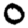
Digit: 0